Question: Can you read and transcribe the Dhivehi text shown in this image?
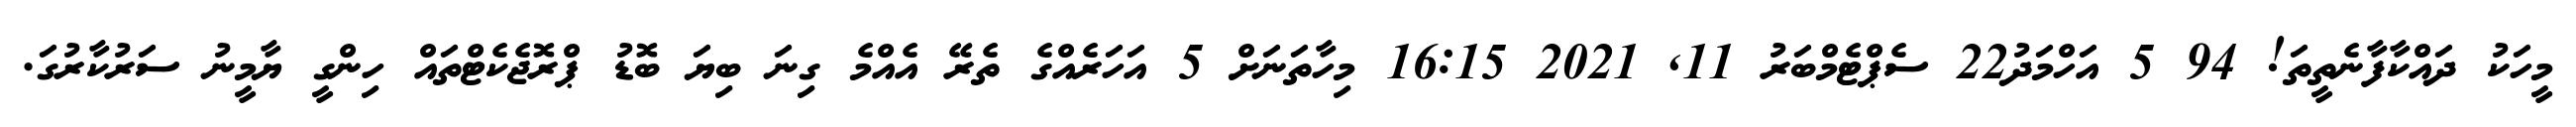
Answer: މީހަކު ދައްކާފާނެތީތަ! 94 5 އަހްމަދު22 ސެޕްޓެމްބަރު 11, 2021 16:15 މިހާތަނަށް 5 އަހަރެއްގެ ތެރޭ އެއްމެ ގިނަ ބިޔަ ބޮޑު ޕްރޮޖެކެޓްތައް ހިންގީ ޔާމީނު ސަރުކާރުގަ.